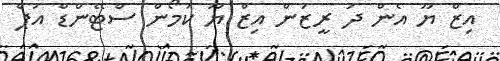
އިޒް ޔޫ އެން ދަ ރީޒަން އިޒް ޔޫ ކަމޯން ސްޓޭންޑް އަޕް